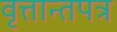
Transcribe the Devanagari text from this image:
वृत्तान्तपत्र